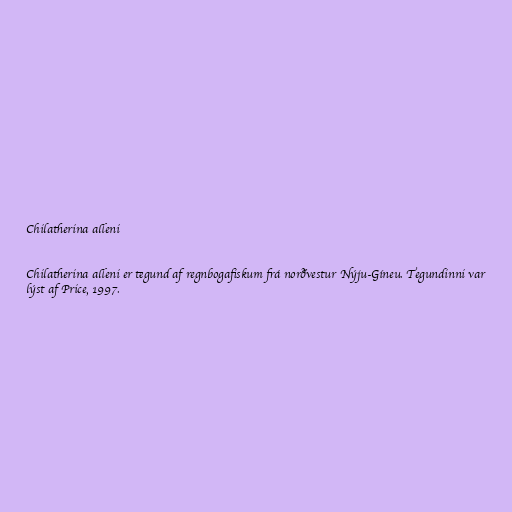
Chilatherina alleni

Chilatherina alleni er tegund af regnbogafiskum frá norðvestur Nýju-Gíneu. Tegundinni var
lýst af Price, 1997.